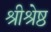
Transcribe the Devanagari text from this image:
श्रीश्रेष्ठ